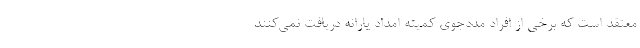
معتقد است که برخی از افراد مددجوی کمیته امداد یارانه دریافت نمی‌کنند